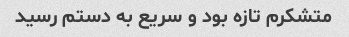
متشکرم تازه بود و سریع به دستم رسید